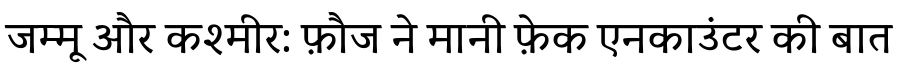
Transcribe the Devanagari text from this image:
जम्मू और कश्मीर: फ़ौज ने मानी फ़ेक एनकाउंटर की बात